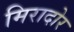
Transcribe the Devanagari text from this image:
मिरादोर